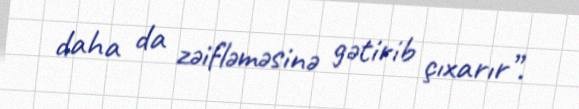
daha da zəifləməsinə gətirib çıxarır”.